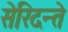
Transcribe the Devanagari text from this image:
सेरिदन्ते